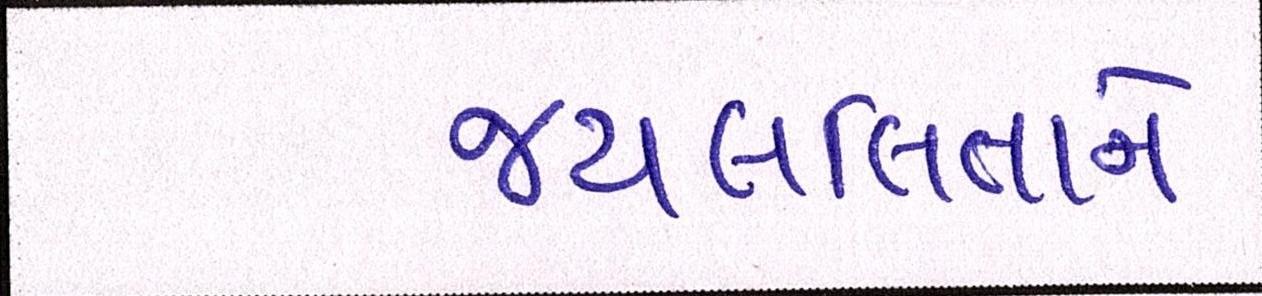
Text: જયલલિતાને